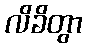
လိခိတွာ